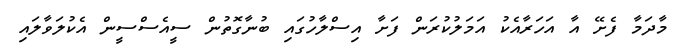
މާދަމާ ފެށޭ އާ އަހަރާއެކު އަމަލުކުރަން ފަށާ އިސްލާހުގައި ބުނާގޮތުން ސީއެސްސީން އެކުލަވާލައި